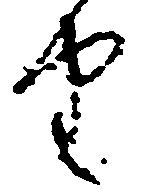
由